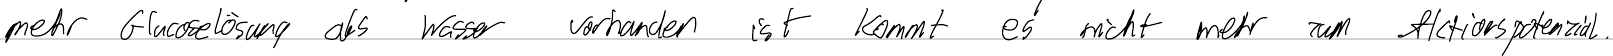
mehr Glucoselösung als Wasser vorhanden ist kommt es nicht mehr zum Aktionspotenzial.